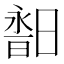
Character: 𣉣